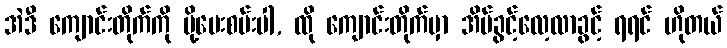
အဲဒီ ကျောင်းတိုက်ကို ပို့ပေးစမ်းပါ, ထို ကျောင်းတိုက်မှာ အိပ်ခွင့်လေ့လာခွင့် ရရင် ဟိုတယ်